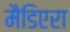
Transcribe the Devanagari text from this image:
मैडिएरा